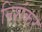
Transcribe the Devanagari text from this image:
निशंकर